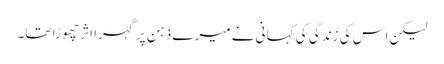
لیکن اس کی زندگی کی کہانی نے میرے ذہن پر گہرا اثر چھوڑا تھا۔